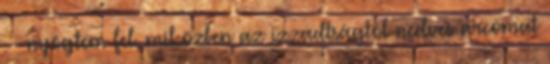
. – nyögtem fel, miközben az izzadtságtól nedves arcomat